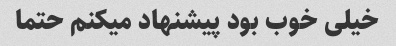
خیلی خوب بود پیشنهاد میکنم حتما